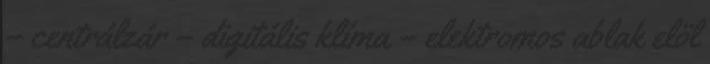
– centrálzár – digitális klíma – elektromos ablak elöl